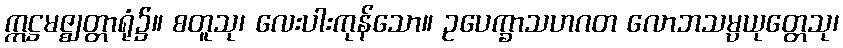
ဣဋ္ဌမဇ္ဈတ္တာရုံ၌။ စတူသု၊ လေးပါးကုန်သော။ ဥပေက္ခာသဟဂတ လောဘသမ္ပယုတ္တေသု၊